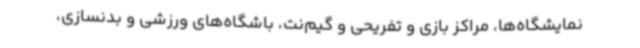
نمایشگاه‌ها، مراکز بازی و تفریحی و گیم‌نت، باشگاه‌های ورزشی و بدنسازی،